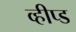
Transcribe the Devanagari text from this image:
व्हीप्ड